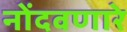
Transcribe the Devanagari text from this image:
नोंदवणारे